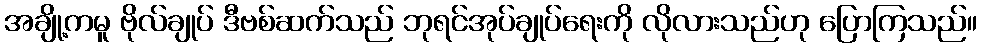
အချို့ကမူ ဗိုလ်ချုပ် ဒီဗစ်ဆက်သည် ဘုရင်အုပ်ချုပ်ရေးကို လိုလားသည်ဟု ပြောကြသည်။